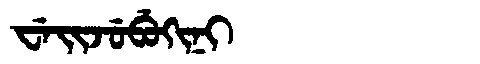
Manchu: ᠸᡝᡳᠵᡠᠪᡠᡴᡳᠨᡳ
Romanization: WEIJUBUKINI